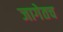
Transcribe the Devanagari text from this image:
जागेतच